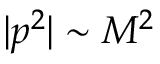
| p ^ { 2 } | \sim M ^ { 2 }